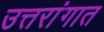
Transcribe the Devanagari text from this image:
उत्तरांगात